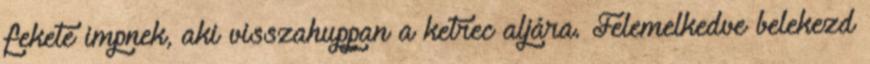
fekete impnek, aki visszahuppan a ketrec aljára. Felemelkedve belekezd